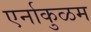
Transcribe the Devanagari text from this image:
एर्नाकुळम